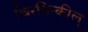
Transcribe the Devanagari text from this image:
चिरयिन्कील्